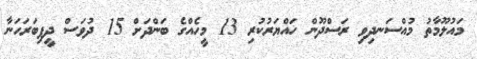
މައުލޫމާތު މުއްސަނދިވި ރަސްދޫން ހައްޔަރުކުރި 13 މީހެއްގެ ބަންދަށް 15 ދުވަސް ދީފިބަރަހަނާ